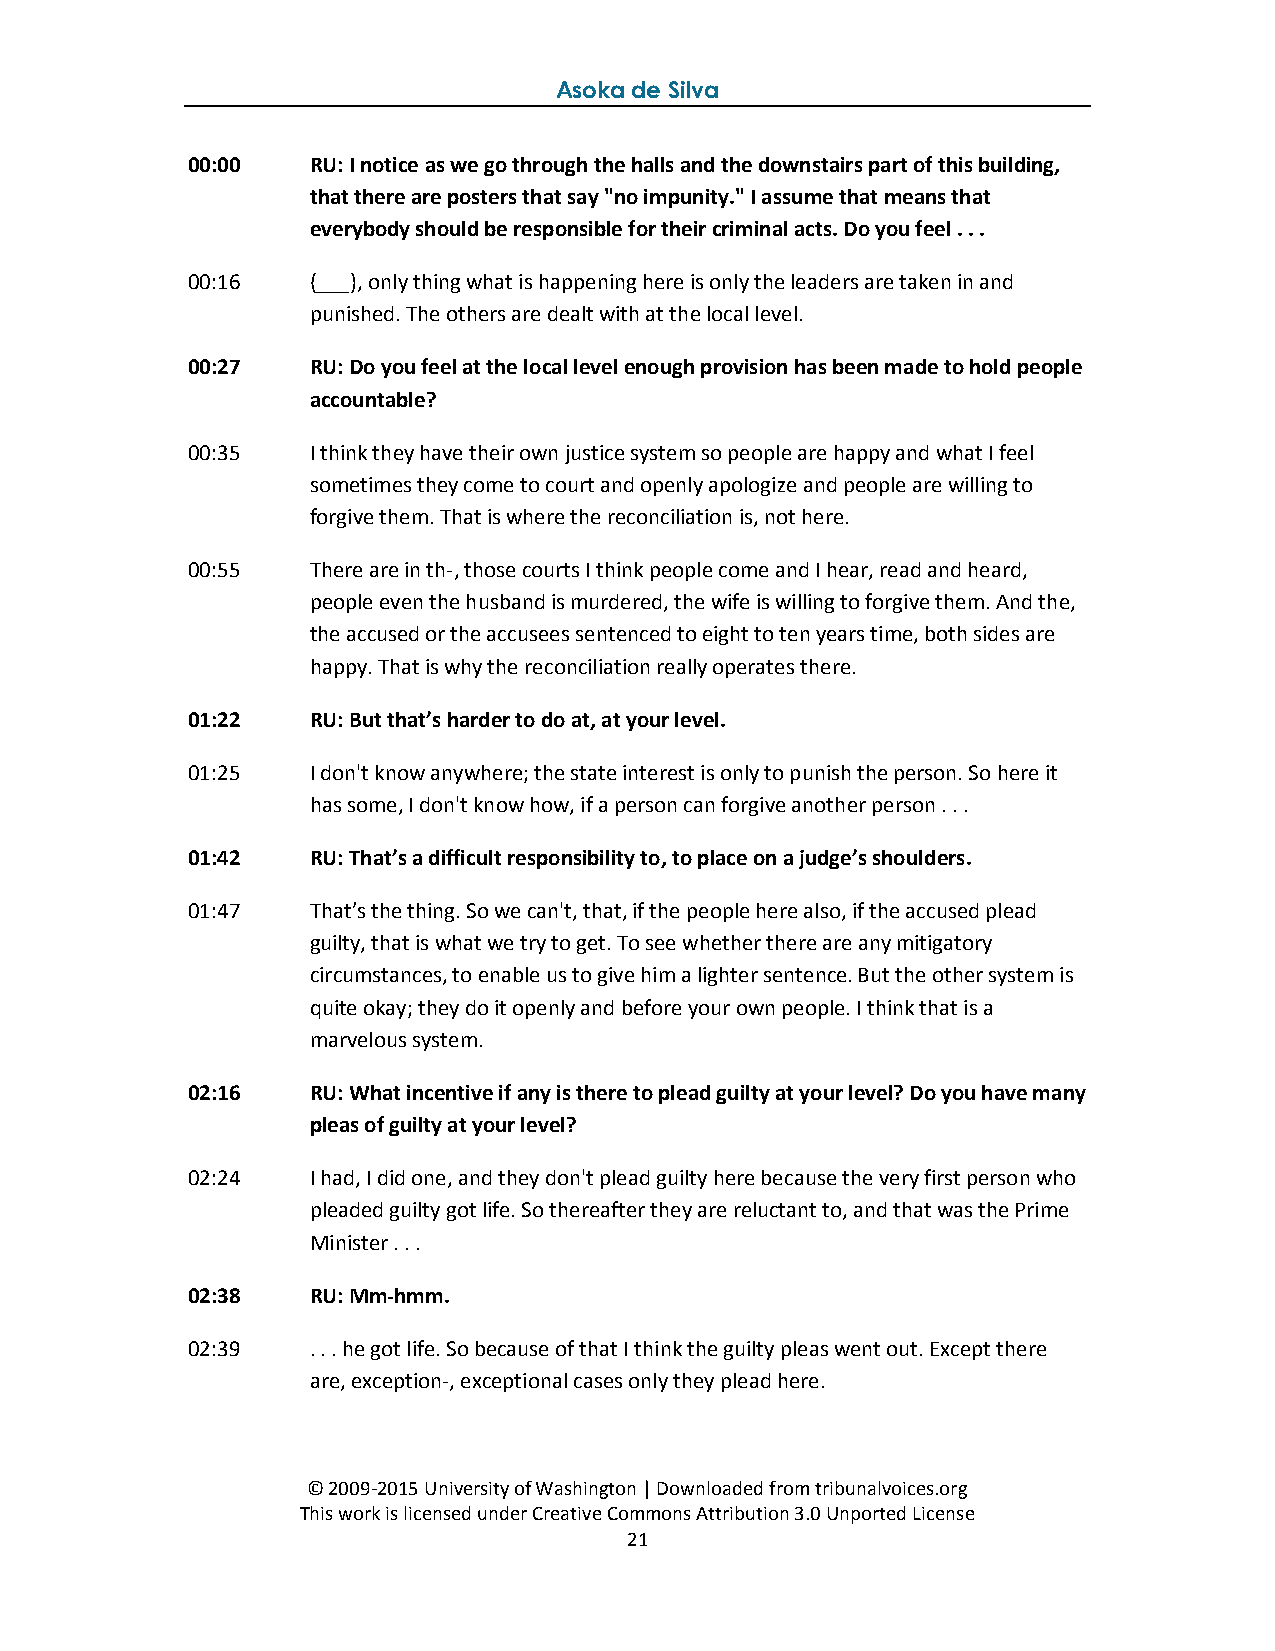
Asoka de Silva
 00:00   RU: I notice as we go through the halls and the downstairs part of this building,
 that there are posters that say "no impunity." I assume that means that
 everybody should be responsible for their criminal acts. Do you feel . . .
 00:16   (___), only thing what is happening here is only the leaders are taken in and
 punished. The others are dealt with at the local level.
 00:27   RU: Do you feel at the local level enough provision has been made to hold people
 accountable?
 00:35   I think they have their own justice system so people are happy and what I feel
 sometimes they come to court and openly apologize and people are willing to
 forgive them. That is where the reconciliation is, not here.
 00:55   There are in th-, those courts I think people come and I hear, read and heard,
 people even the husband is murdered, the wife is willing to forgive them. And the,
 the accused or the accusees sentenced to eight to ten years time, both sides are
 happy. That is why the reconciliation really operates there.
 01:22   RU: But that’s harder to do at, at your level.
 01:25   I don't know anywhere; the state interest is only to punish the person. So here it
 has some, I don't know how, if a person can forgive another person . . .
 01:42   RU: That’s a difficult responsibility to, to place on a judge’s shoulders.
 01:47   That’s the thing. So we can't, that, if the people here also, if the accused plead
 guilty, that is what we try to get. To see whether there are any mitigatory
 circumstances, to enable us to give him a lighter sentence. But the other system is
 quite okay; they do it openly and before your own people. I think that is a
 marvelous system.
 02:16   RU: What incentive if any is there to plead guilty at your level? Do you have many
 pleas of guilty at your level?
 02:24   I had, I did one, and they don't plead guilty here because the very first person who
 pleaded guilty got life. So thereafter they are reluctant to, and that was the Prime
 Minister . . .
 02:38   RU: Mm-hmm.
 02:39   . . . he got life. So because of that I think the guilty pleas went out. Except there
 are, exception-, exceptional cases only they plead here.
 © 2009-2015 University of Washington | Downloaded from tribunalvoices.org
 This work is licensed under Creative Commons Attribution 3.0 Unported License
 21